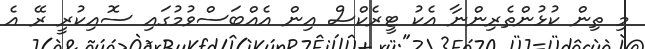
މި ތިން ކުޅުންތެރިންނާ އެކު ޓީރެކްސް އިން އެއްބަސްވުމުގައި ސޮއިކުރީ ރޭ އެ